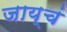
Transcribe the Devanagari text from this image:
जाय्चं